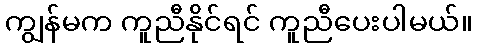
ကျွန်မက ကူညီနိုင်ရင် ကူညီပေးပါမယ်။